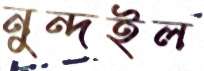
নুন্দইল